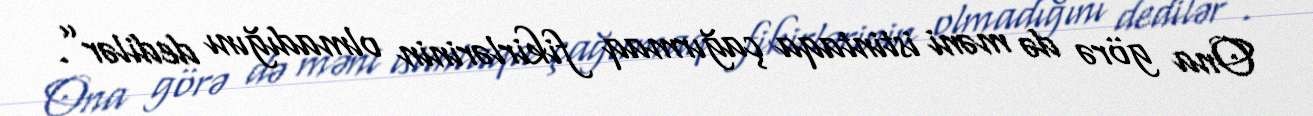
Ona görə də məni istintaqa çağırmaq fikirlərinin olmadığını dedilər”.